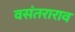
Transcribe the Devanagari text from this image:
वसंतराराव